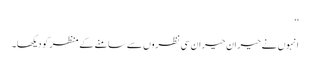
‘‘
انہوں نے حیران حیران سی نظروں سے سامنے کے منظر کو دیکھا۔